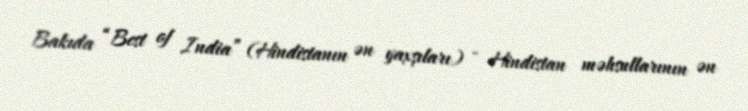
Bakıda “Best of India” (Hindistanın ən yaxşıları) - Hindistan məhsullarının ən